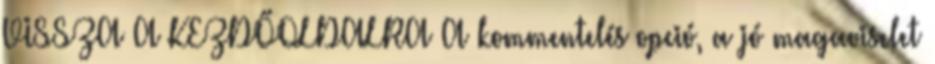
VISSZA A KEZDŐOLDALRA A kommentelés opció, a jó magaviselet